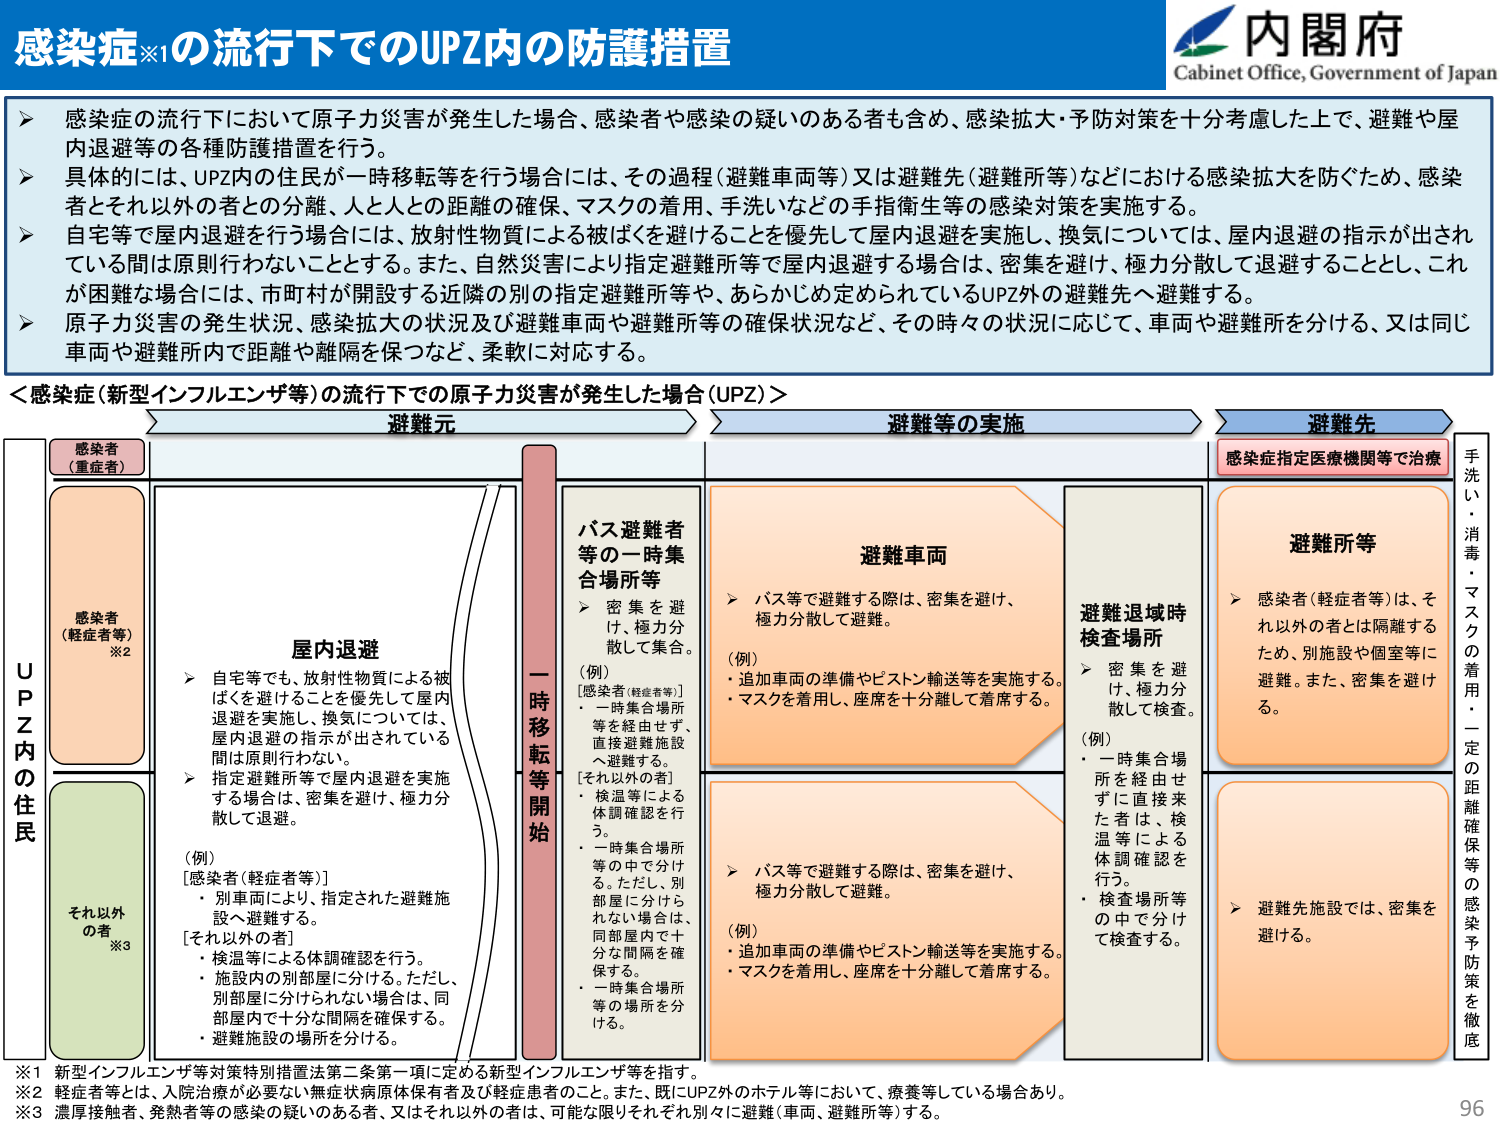
感染症※1の流行下でのUPZ内の防護措置

内閣府
Cabinet Office, Government of Japan

▶ 感染症の流行下において原子力災害が発生した場合、感染者や感染の疑いのある者も含め、感染拡大・予防対策を十分考慮した上で、避難や屋内退避等の各種防護措置を行う。
▶ 具体的には、UPZ内の住民が一時移転等を行う場合には、その過程（避難車両等）又は避難先（避難所等）などにおける感染拡大を防ぐため、感染者とそれ以外の者との分離、人と人との距離の確保、マスクの着用、手洗いなどの手指衛生等の感染対策を実施する。
▶ 自宅等で屋内退避を行う場合には、放射性物質による被ばくを避けることを優先して屋内退避を実施し、換気については、屋内退避の指示が出されている間は原則行わないこととする。また、自然災害により指定避難所等で屋内退避する場合は、密集を避け、極力分散して退避することとし、これが困難な場合には、市町村が開設する近隣の別の指定避難所等や、あらかじめ定められているUPZ外の避難先へ避難する。
▶ 原子力災害の発生状況、感染拡大の状況及び避難車両や避難所等の確保状況など、その時々の状況に応じて、車両や避難所を分ける、又は同じ車両や避難所内で距離や隔離を保つなど、柔軟に対応する。

＜感染症（新型インフルエンザ等）の流行下での原子力災害が発生した場合（UPZ）＞

避難元
避難等の実施
避難先

UPZ内の住民
感染者（重症者）
感染者（軽症者等）※2
それ以外の者※3

屋内退避
▶ 自宅等でも、放射性物質による被ばくを避けることを優先して屋内退避を実施し、換気については、屋内退避の指示が出されている間は原則行わない。
▶ 指定避難所等で屋内退避を実施する場合は、密集を避け、極力分散して退避。

（例）
[感染者（軽症者等）]
・別車両により、指定された避難施設へ避難する。
[それ以外の者]
・検温等による体調確認を行う。
・施設内の別部屋に分ける。ただし、別部屋に分けられない場合は、同部屋内で十分な間隔を確保する。
・避難施設の場所を分ける。

一時移転等開始

バス避難者等の一時集合所等
▶ 密集を避け、極力分散して集合。

（例）
[感染者（軽症者等）]
・一時集合場所等を経由せず、直接避難施設へ避難する。
[それ以外の者]
・検温等による体調確認を行う。
・一時集合場所等の中で分ける。ただし、別部屋に分けられない場合は、同部屋内で十分な間隔を確保する。
・一時集合場所等の場所を分ける。

避難車両
▶ バス等で避難する際は、密集を避け、極力分散して避難。

（例）
・追加車両の準備やピストン輸送等を実施する。
・マスクを着用し、座席を十分離して着席する。

避難退域時検査場所
▶ 密集を避け、極力分散して検査。

（例）
・一時集合場所を経由せずに直接来た者は、検温等による体調確認を行う。
・検査場所等の中で分けて検査する。

避難所等
▶ 感染者（軽症者等）は、それ以外の者とは隔離するため、別施設や個室等に避難。また、密集を避ける。

▶ 避難先施設では、密集を避ける。

感染症指定医療機関等で治療

手洗い・消毒・マスクの着用・一定の距離確保等の感染予防策を徹底

※1 新型インフルエンザ等対策特別措置法第二条第一項に定める新型インフルエンザ等を指す。
※2 軽症者等とは、入院治療が必要ない無症状病原体保有者及び軽症患者のこと。また、既にUPZ外のホテル等において、療養等している場合あり。
※3 濃厚接触者、発熱者等の感染の疑いのある者、又はそれ以外の者は、可能な限りそれぞれ別々に避難（車両、避難所等）する。

96